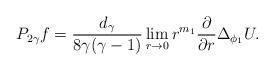
LaTeX: \begin{align*}P_{2\gamma}f = \frac{d_\gamma}{8\gamma(\gamma-1)}\lim_{r\to0} r^{m_1}\frac{\partial}{\partial r}\Delta_{\phi_1}U .\end{align*}